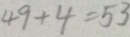
4 9 + 4 = 5 3